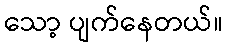
သော့ ပျက်နေတယ်။